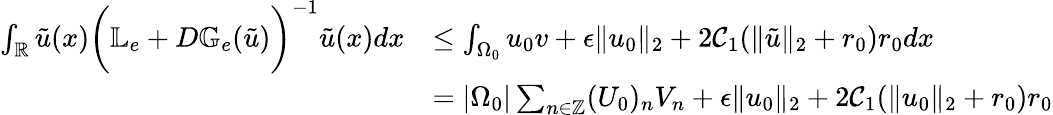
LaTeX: \begin{array}{rl}{\int_{\mathbb{R}}\tilde{u}(x)\bigg(\mathbb{L}_{e}+D\mathbb{G}_{e}(\tilde{u})\bigg)^{-1}\tilde{u}(x)dx}&{\le\int_{\Omega_{0}}u_{0}v+\epsilon\| u_{0}\| _{2}+2\mathcal{C}_{1}(\| \tilde{u}\| _{2}+r_{0})r_{0}dx}\\ &{=|\Omega_{0}|\sum_{n\in\mathbb{Z}}(U_{0})_{n}V_{n}+\epsilon\| u_{0}\| _{2}+2\mathcal{C}_{1}(\| u_{0}\| _{2}+r_{0})r_{0}}\end{array}